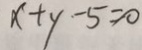
x + y - 5 = 0